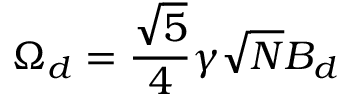
\Omega _ { d } = \frac { \sqrt { 5 } } { 4 } \gamma \sqrt { N } B _ { d }